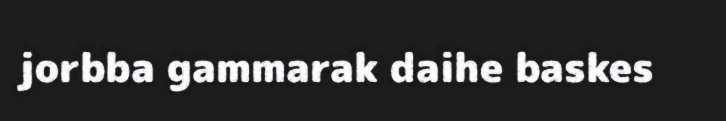
jorbba gammarak daihe baskes